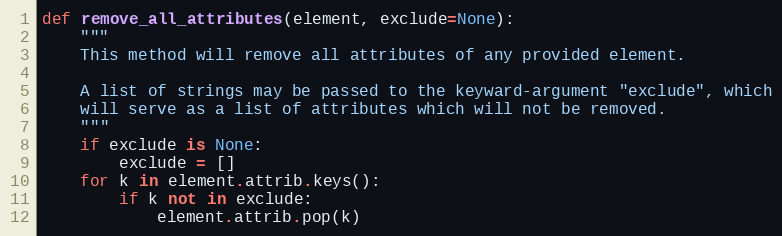
Language: Python
def remove_all_attributes(element, exclude=None):
    """
    This method will remove all attributes of any provided element.

    A list of strings may be passed to the keyward-argument "exclude", which
    will serve as a list of attributes which will not be removed.
    """
    if exclude is None:
        exclude = []
    for k in element.attrib.keys():
        if k not in exclude:
            element.attrib.pop(k)